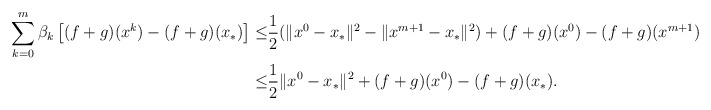
\begin{align*}\sum_{k=0}^m\beta_k\left[(f+g)(x^k)-(f+g)(x_*)\right]\le&\frac{1}{2}(\|x^0-x_*\|^2-\|x^{m+1}-x_*\|^2)+(f+g)(x^0)-(f+g)(x^{m+1})\\\le&\frac{1}{2}\|x^0-x_*\|^2+(f+g)(x^0)-(f+g)(x_*).\end{align*}